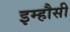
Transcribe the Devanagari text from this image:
इम्हौसी